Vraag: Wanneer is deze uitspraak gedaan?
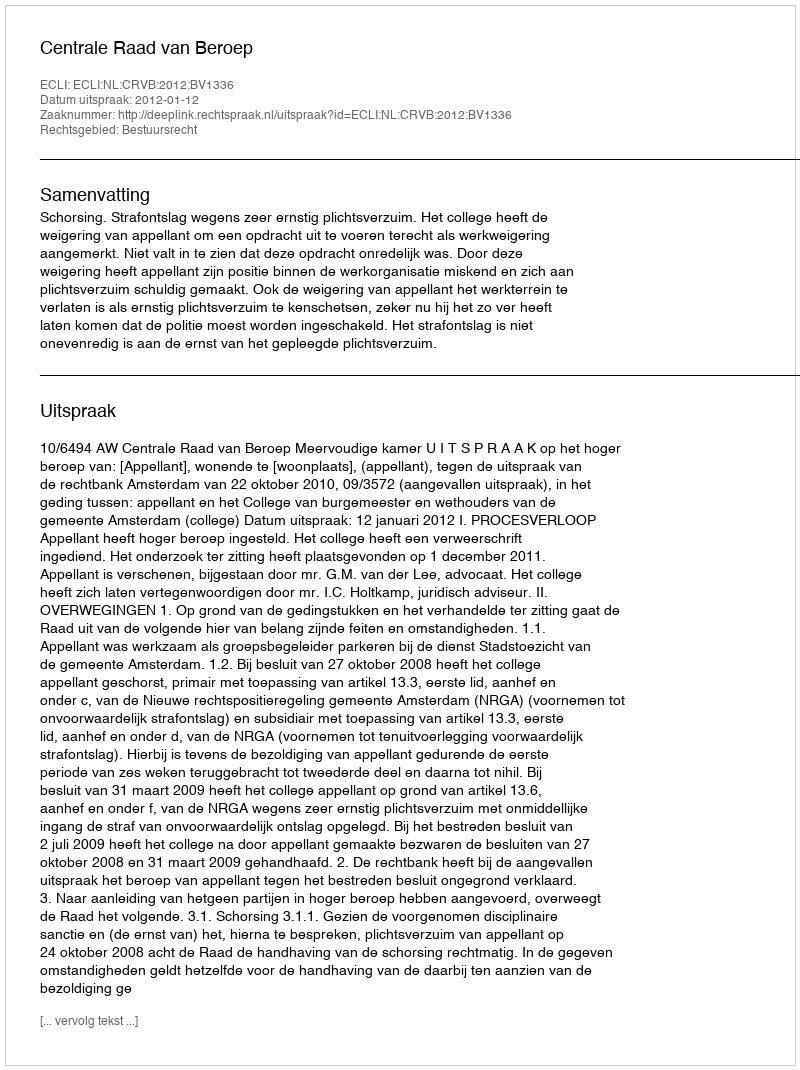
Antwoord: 2012-01-12